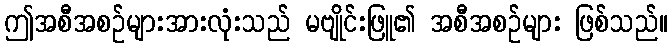
ဤအစီအစဉ်များအားလုံးသည် မဗျိုင်းဖြူ၏ အစီအစဉ်များ ဖြစ်သည်။